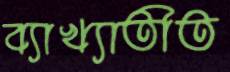
ব্যাখ্যাতীত